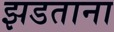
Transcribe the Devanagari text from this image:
झडताना